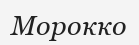
Морокко